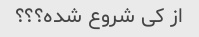
از کی شروع شده؟؟؟